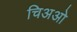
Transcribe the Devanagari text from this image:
चिअओ